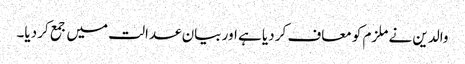
والدین نے ملزم کو معاف کر دیا ہے اور بیان عدالت میں جمع کر دیا۔